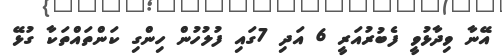
އޭނާ ވިދާޅުވީ ފެބުރުއަރީ 6 އަދި 7ގައި ފުލުހުން ހިންގި ކަންތައްތަކާ ގުޅޭ